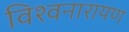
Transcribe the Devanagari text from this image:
विश्वनारायण